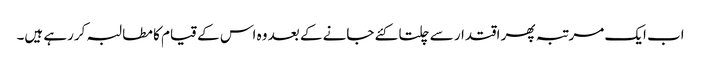
اب ایک مرتبہ پھر اقتدار سے چلتا کئے جانے کے بعد وہ اس کے قیام کا مطالبہ کررہے ہیں۔